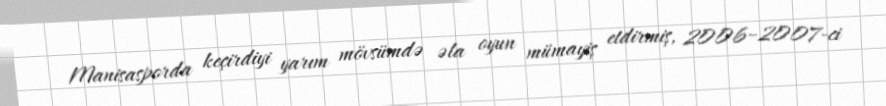
Manisasporda keçirdiyi yarım mövsümdə əla oyun mümayiş etdirmiş, 2006–2007-ci